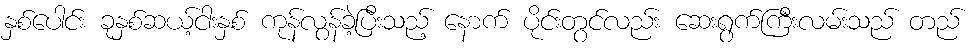
နှစ်ပေါင်း ခုနှစ်ဆယ့်ငါးနှစ် ကုန်လွန်ခဲ့ပြီးသည့် နောက် ပိုင်းတွင်လည်း ဆေးရွက်ကြီးလမ်းသည် တည်